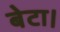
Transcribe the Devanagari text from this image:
बेटा।